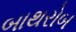
બાથરોબ